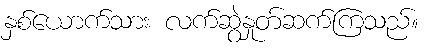
နှစ်ယောက်သား လက်ဆွဲနှုတ်ဆက်ကြသည်။